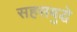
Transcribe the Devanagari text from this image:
सहसबुद्धे